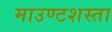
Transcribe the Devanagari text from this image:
माउण्टशस्ता